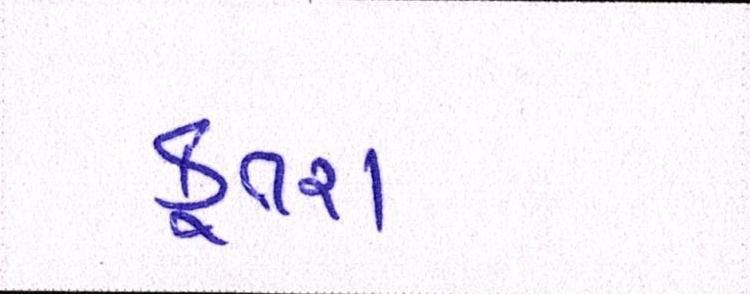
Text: કૂતરા